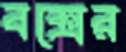
বক্সের